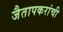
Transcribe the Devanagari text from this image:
जैतापकरांची